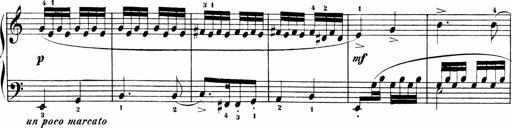
Title: Sonatinen Op.47, 98 und 136, nebst 6 Liedersonatinen
Composer: Carl Reinecke